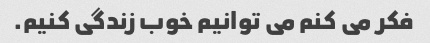
فکر می کنم می توانیم خوب زندگی کنیم.